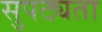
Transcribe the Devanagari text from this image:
सुपठ्यता